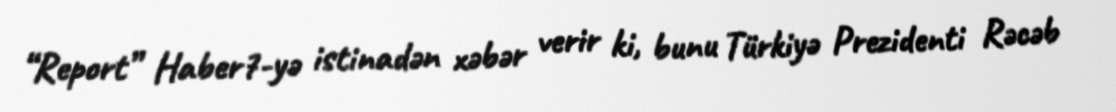
“Report” Haber7-yə istinadən xəbər verir ki, bunu Türkiyə Prezidenti Rəcəb